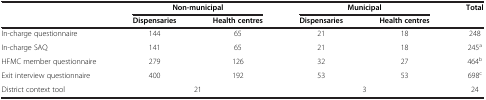
|  | <COLSPAN=2> Non-municipal | <COLSPAN=2> Municipal | Total |
 |  | Dispensaries | Health centres | Dispensaries | Health centres |  |
 | --- | --- | --- | --- | --- | --- |
 | In-charge questionnaire | 144 | 65 | 21 | 18 | 248 |
 | In-charge SAQ | 141 | 65 | 21 | 18 | 245a |
 | HFMC member questionnaire | 279 | 126 | 32 | 27 | 464b |
 | Exit interview questionnaire | 400 | 192 | 53 | 53 | 698c |
 | District context tool | <COLSPAN=2> 21 | <COLSPAN=2> 3 | 24 |